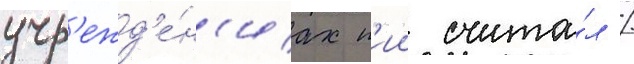
учр'ежд'е́н'иах п'ии счита́л /